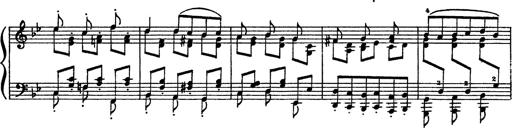
Title: Sarabande und Chaconne aus dem Singspiel
Composer: Franz Liszt